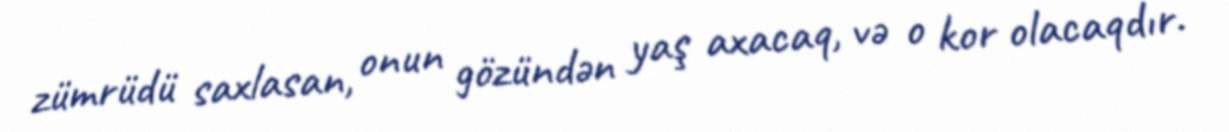
zümrüdü saxlasan, onun gözündən yaş axacaq, və o kor olacaqdır.